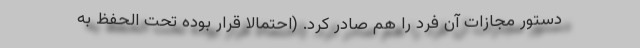
دستور مجازات آن فرد را هم صادر کرد. (احتمالا قرار بوده تحت الحفظ به